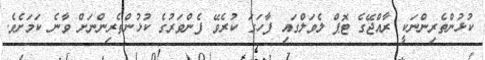
ކުޅުންތެރިންނަކީ ރާއްޖޭގެ ޓޮޕް ލެވަލްގައި ފާހަގަ ކުރެވޭ ފެންވަރުގެ ކުޅުންތެރިންނަށް ވާނެ ކަމަށެވެ.